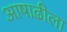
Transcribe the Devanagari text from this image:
आषाढीला